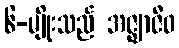
၆-မျိုးသည် အဇ္ဈာဇီဝ